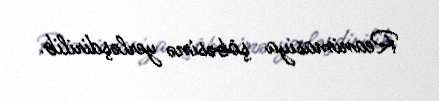
Reanimasiya şöbəsinə yerləşdirilib.